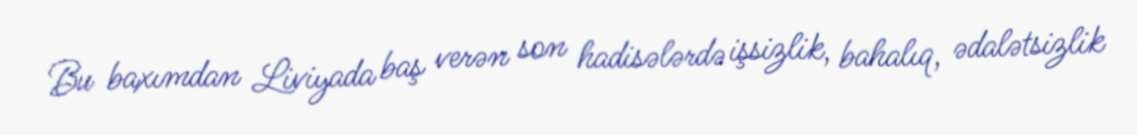
Bu baxımdan Liviyada baş verən son hadisələrdə işsizlik, bahalıq, ədalətsizlik